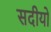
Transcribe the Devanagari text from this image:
सदीयो